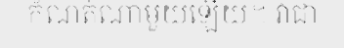
កំណត់ណាមួយឡើយ។ វាជា